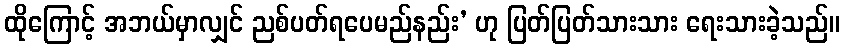
ထိုကြောင့် အဘယ်မှာလျှင် ညစ်ပတ်ရပေမည်နည်း’ ဟု ပြတ်ပြတ်သားသား ရေးသားခဲ့သည်။